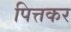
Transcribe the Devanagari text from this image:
पित्तकर